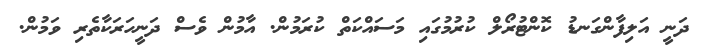
ދަނީ އަލިފާންގަނޑު ކޮންޓުރޯލް ކުރުމުގައި މަސައްކަތް ކުރަމުން. އާމުން ވެސް ދަނީހަރަކާތެރި ވަމުން.